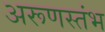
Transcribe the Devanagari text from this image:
अरूणस्तंभ